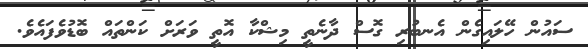
ސައުން ހޭލައިގެން އެނބުރި ގޮސް ދާނެތީ މިޝްކާ އޮތީ ވަރަށް ކަންތައް ބޮޑުވެފައެވެ.